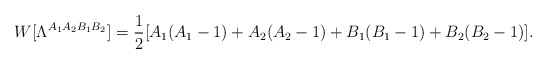
\begin{align*}W[\Lambda^{A_1A_2B_1B_2}]=\frac{1}{2}[A_1(A_1-1)+A_2(A_2-1)+B_1(B_1-1)+B_2(B_2-1)].\end{align*}